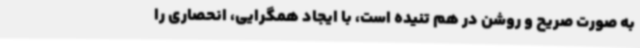
به صورت صریح و روشن در هم تنیده است، با ایجاد همگرایی، انحصاری را